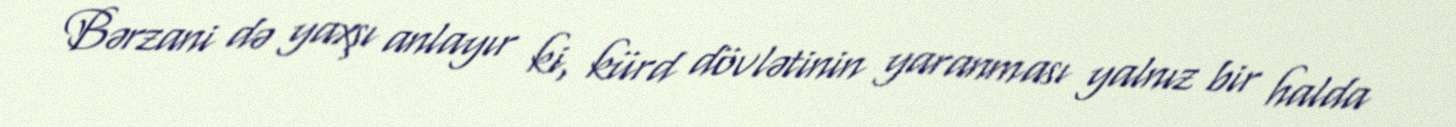
Bərzani də yaxşı anlayır ki, kürd dövlətinin yaranması yalnız bir halda